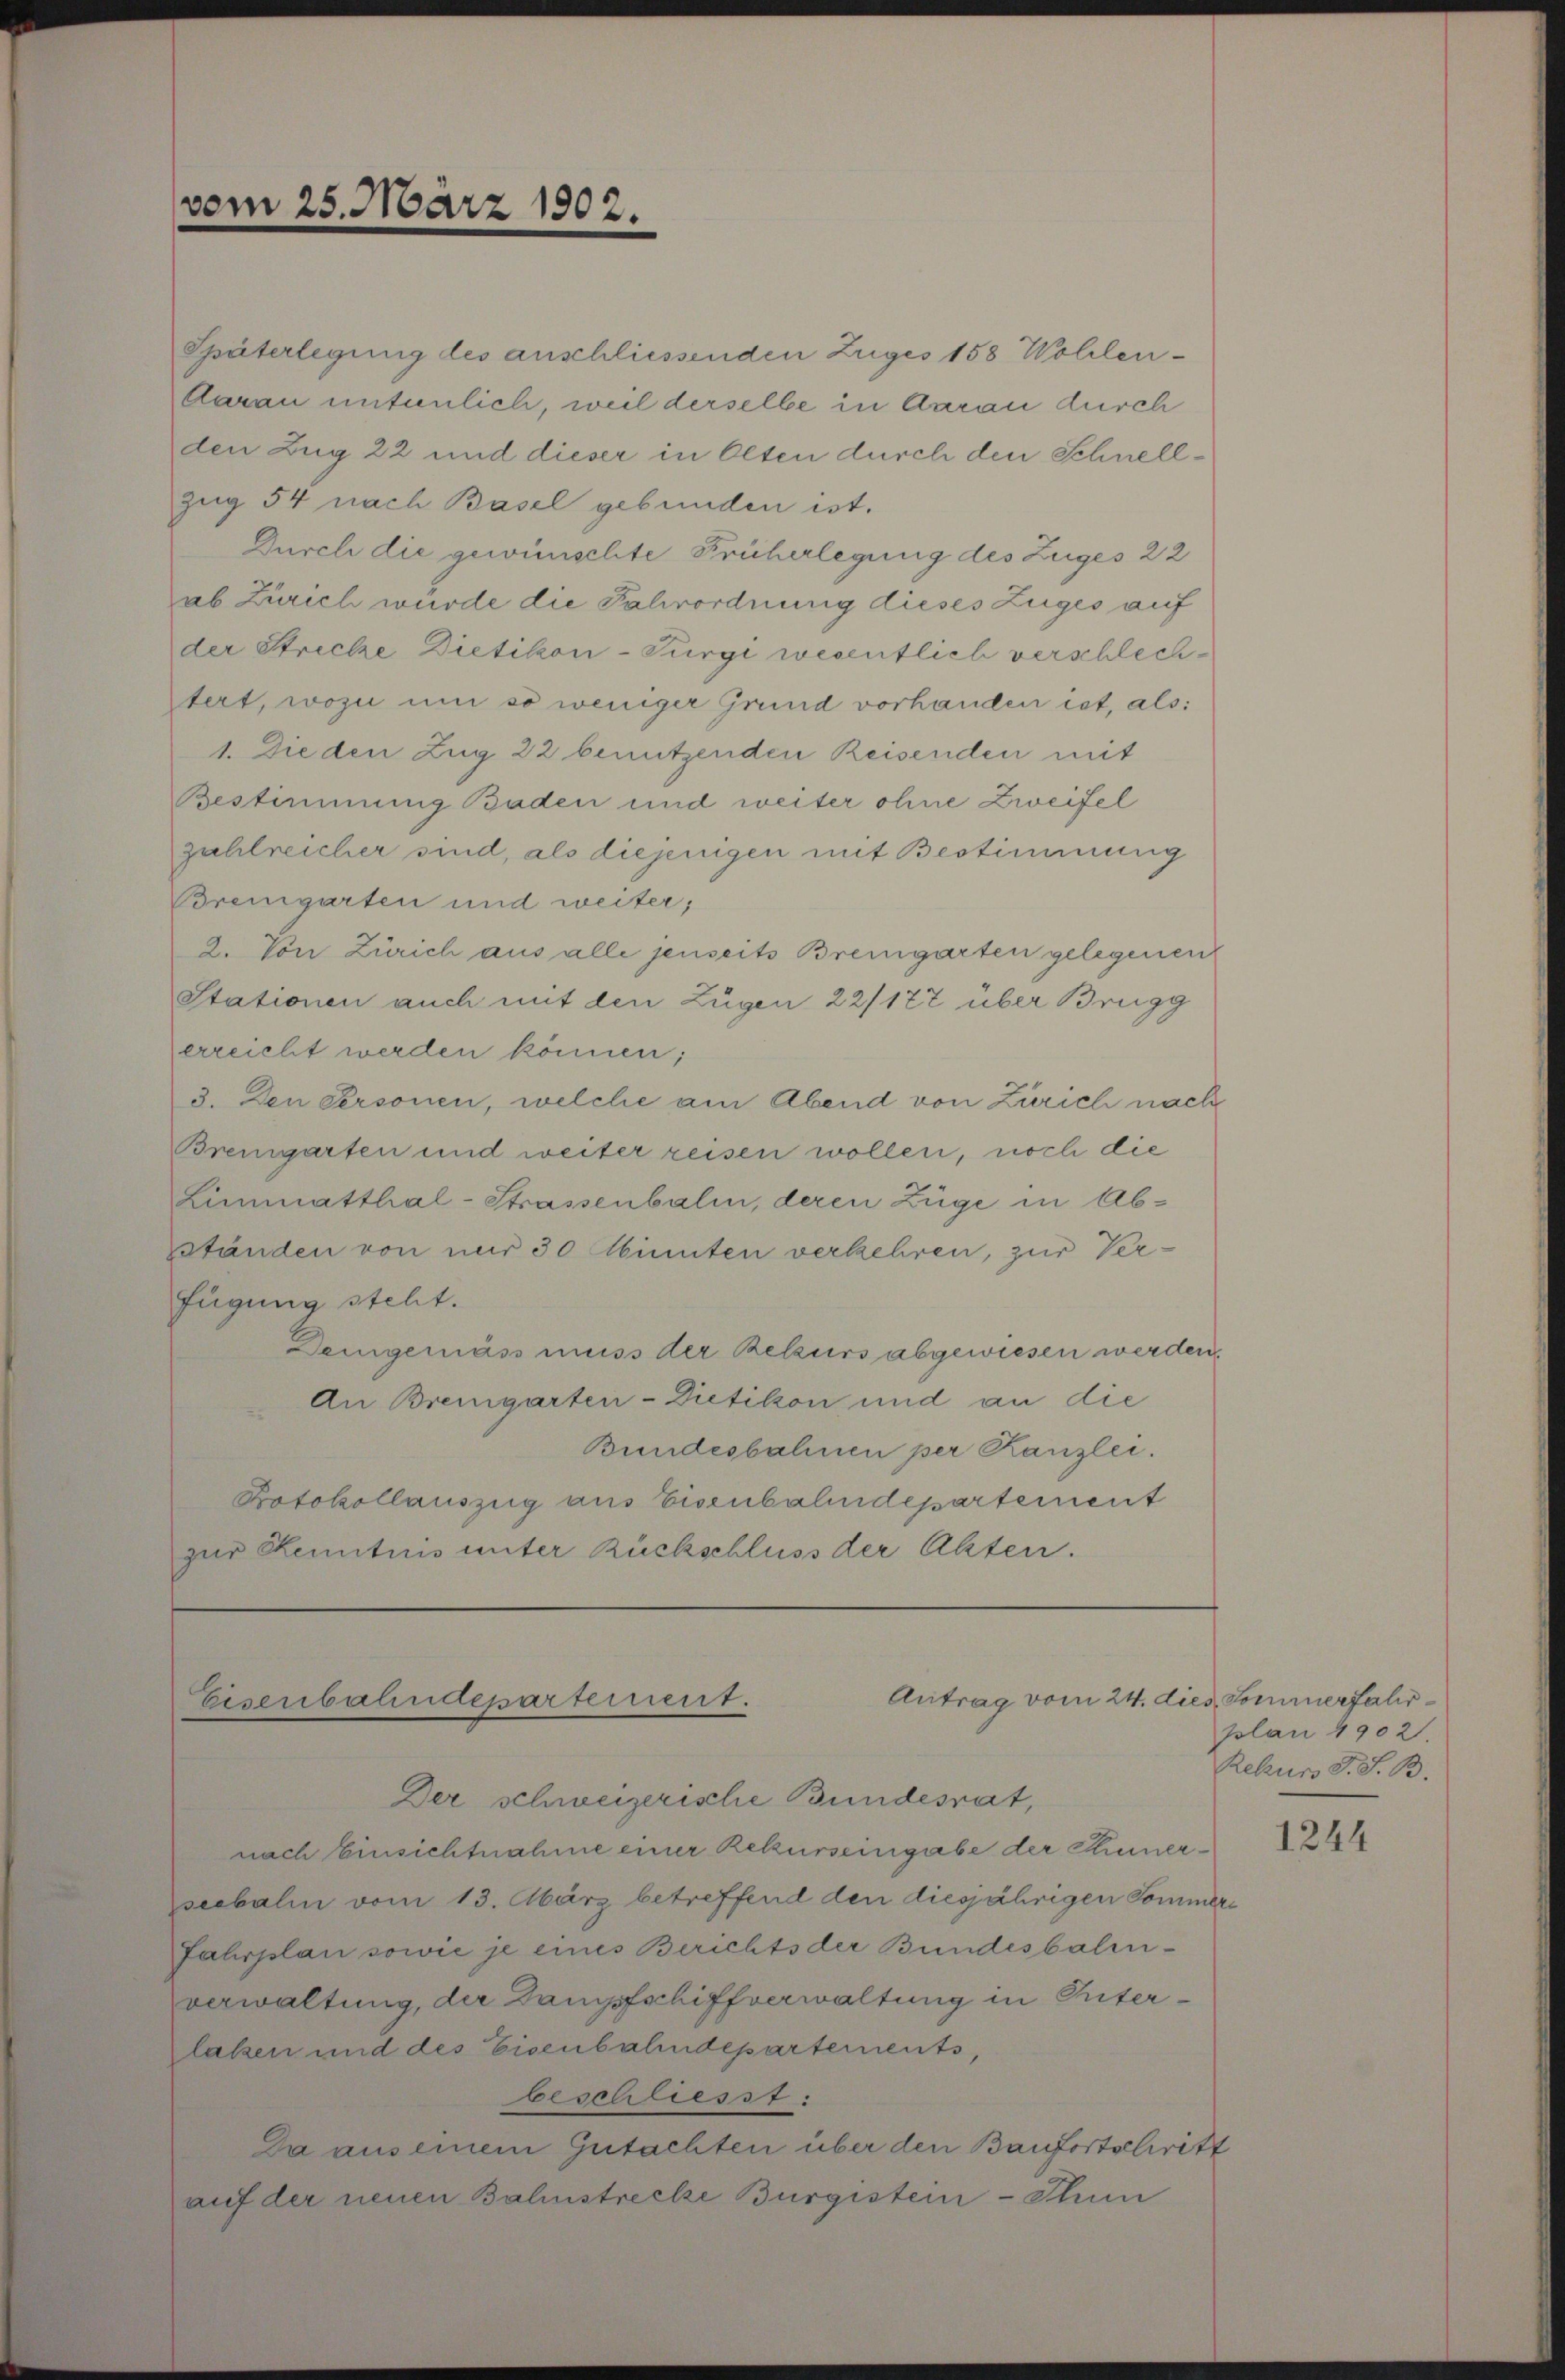
vom 25. März 1902.

Späterlegung des anschliessenden Zuges 158 Wohlen¬
Aarau untenlich, weil derselbe in Aarau durch
den Zug 22 und dieser in Olten durch den Schnellzug 54 nach Basel gebunden ist.
Durch die gewünschte Früherlegung des Zuges 22
ab Zürich würde die Fahrordnung dieses Zuges auf
der Stricke Dietikon-Turgi wesentlich verschlechtert, wozu um so weniger Grund vorhanden ist, als:
1. Die den Zug 22 benutzenden Reisenden mit
Bestimmung Baden und weiter ohne Zweifel
zahlreicher sind, als diejenigen mit Bestimmung
Bremgarten und weiter,
2. Von Zürich aus alle jenseits Bremgarten gelegenen
Stationen auch mit den Zugen 22/177 über Brugg
erreicht werden können;
3. Den Personen, welche am Abend von Zürich nach
Bremgarten und weiter reisen wollen, noch die
Limmatthal-Strassenbalm, deren Züge in Abxständen von nur 30 Minuten verkehren, zur Verfügung steht.
Demgemäss muss der Beleurs abgewiesen werden.
An Bremgarten-Dietikon und an die
Bundesbahnen per Kanzlei.
Protokollauszug aus Eisenbahndepartement
zur Kenntnis unter Rückschluss der Akten.

Antrag vom 24. dies Sommerfahr
Eisenbahndepartement.

Der schweizerische Bundesrat,
nach Einsichtnahme einer Rekurseingabe der Kunerseebalin vom 13. März betreffend den diesjährigen Sommer
Fahrplan sowie je eines Berichts der Bundesbalenverwaltung, der Dampfschiffverwaltung in Interlassen und des Eisenbahndepartements,
oeschliesst:
Da aus einem Gutachten über den Baufortschritt
auf der neuen Bahnstrecke Bürgistern - Thun

plan 4902.
Rekurs S. S. B.

1244